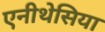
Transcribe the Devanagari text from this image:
एनीथेसिया